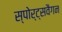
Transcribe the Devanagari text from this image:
स्पोर्ट्सवैगन